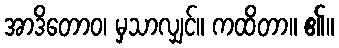
အာဒိတောဝ၊ မှသာလျှင်။ ကထိတာ။ ၏။